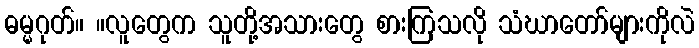
ဓမ္မဂုတ်။ ။လူတွေက သူတို့အသားတွေ စားကြသလို သံဃာတော်များကိုလဲ